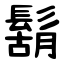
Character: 鬍